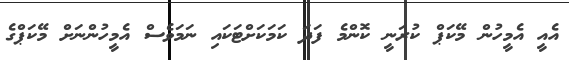
އެއީ އެމީހުން މޭކަޕް ކުރަނީ ކޮންމެ ފަދަ ކަމަކަށްޓަކައި ނަމަވެސް އެމީހުންނަށް މޭކަޕްގެ